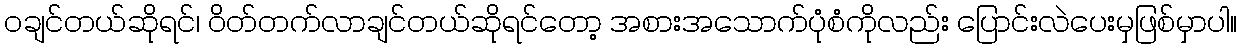
၀ချင်တယ်ဆိုရင်၊ ဝိတ်တက်လာချင်တယ်ဆိုရင်တော့ အစားအသောက်ပုံစံကိုလည်း ပြောင်းလဲပေးမှဖြစ်မှာပါ။